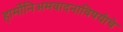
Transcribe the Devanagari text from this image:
हार्मोनिअमवादनाविषयीचे